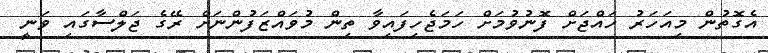
އެގޮތުން މިއަހަރު ހައްޖަށް ފޮނުވުމަށް ހަމަޖެހިފައިވާ ތިން މުވައްޒަފުންނަށް ރޭގެ ޖަލްސާގައި ވަނީ